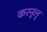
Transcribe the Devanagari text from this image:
करनूलु